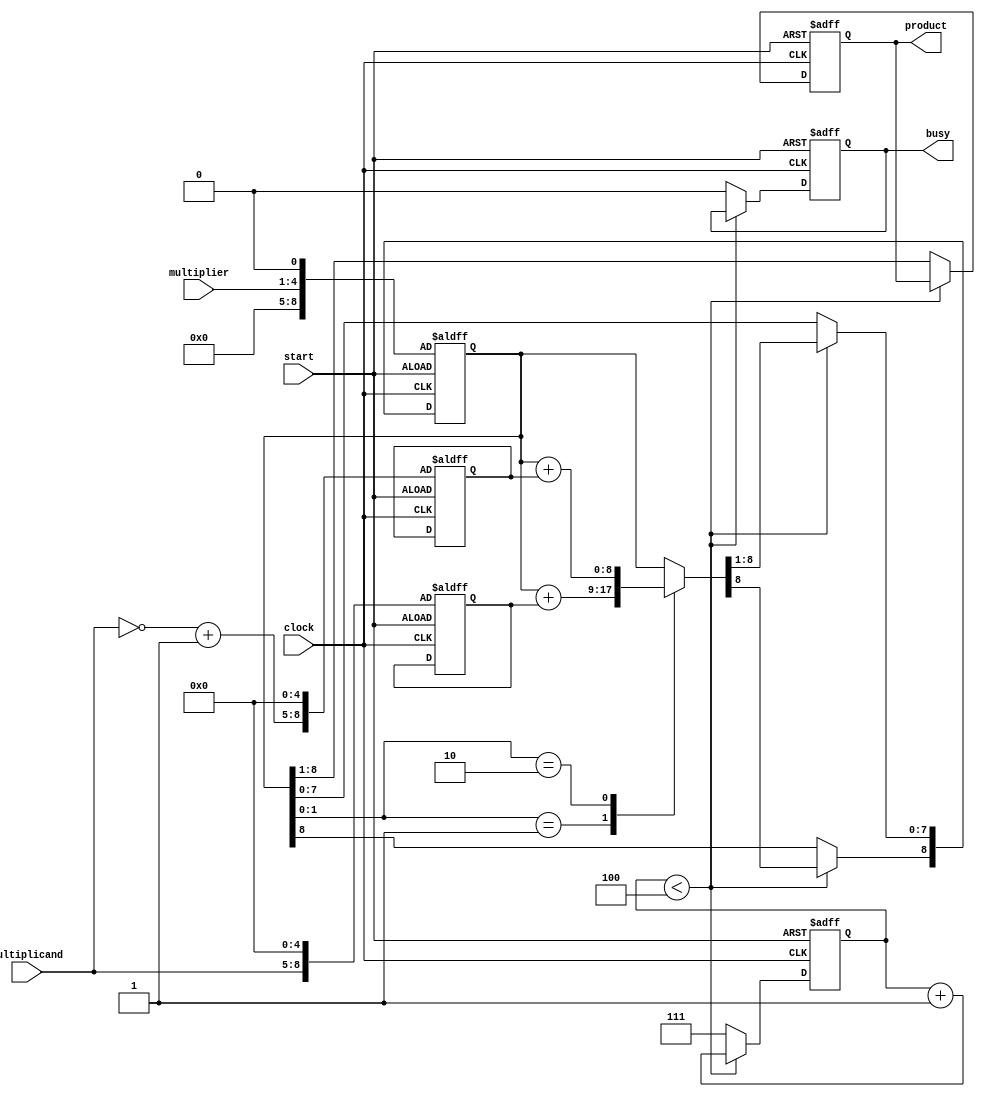
module Booth_Multiplier_1 (product,
									multiplicand,
									multiplier,
									clock,
									start,
									busy);

	output reg [7:0] product;										// 8 bit product
	output reg busy;													// 1 bit busy
	input [3:0] multiplicand, multiplier;						// 4 bit inputs
	input wire clock, start;										// 1 bit inputs
	
	reg [8:0] A, S, P;
	reg [2:0] index;
	reg temp;
	
	always @(posedge clock or posedge start) begin									// Sensitive to CLOCK only
		if (start) begin
			
			P = {4'b0000, multiplier, 1'b0};							// Setup P
			index = 3'b000;												// Start with Index '0'
			busy = 1'b1;													// Busy = '1' to say calculation has started
			product = 8'b11111111;										// Output stays high untill result is calculated (my implementation)
			A = {multiplicand, 5'b00000};								// Setup ADD and SUBTRACT Values
			S = {~multiplicand + 1'b1, 5'b00000};
		
		end else	if (index < 3'b100) begin
		
			case ({P[1], P[0]})										// Check last two bits of P
				2'b01:	P = (P + A);								// ADD
				2'b10:	P = (P + S);								// SUBTRACT
			endcase
			
			// Signed Right Shift (Tried ">>>" but didn't work)
			temp = P[8];												// Copy MSB
			P = P >> 1;													// Right Shift by 1
			P[8] = temp;												// Set MSB = previous MSB
			
			index = index + 1'b1;									// Increment index
		end else begin
		
			busy = 1'b0;												// Busy = '0' to say calculation has finished
			{product, temp} = P;										// product = leftmost 8 bits of P | temp acts as a temporary buffer
			index = 3'b111;											// Set index to a value at which above clause won't execute for successive clocks
		
		end
	end


endmodule